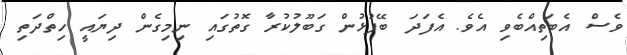
ވެސް އެބަތިއްބެވި އެވެ. އެފަދަ ބޭފުޅުން ގަބޫލުކުރާ ގޮތުގައި ނިމިގެން ދިޔައީ ހިތްދަތި